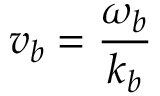
v _ { b } = \frac { \omega _ { b } } { k _ { b } }